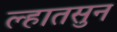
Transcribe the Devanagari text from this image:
ल्हातसुन